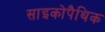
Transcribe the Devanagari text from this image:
साइकोपैथिक